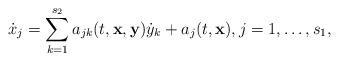
LaTeX: \begin{align*}\dot{x}_j=\sum_{k=1}^{s_2}a_{jk}(t,\textbf{x},\textbf{y})\dot{y}_k+a_j(t,\textbf{x}),j=1,\ldots,s_1,\end{align*}